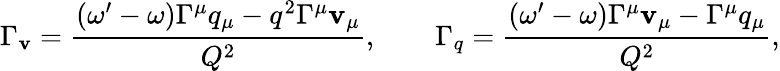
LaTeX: \Gamma_{\mathbf{v}}=\frac{{(\omega^{\prime}-\omega)\Gamma^{\mu}q_{\mu}-q^{2}\Gamma^{\mu}\mathbf{v}_{\mu}}}{{Q^{2}}},\quad\quad\Gamma_{q}=\frac{{(\omega^{\prime}-\omega)\Gamma^{\mu}\mathbf{v}_{\mu}-\Gamma^{\mu}q_{\mu}}}{{Q^{2}}},